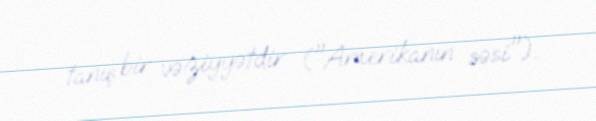
tanış bir vəziyyətdir ("Amerikanın səsi").